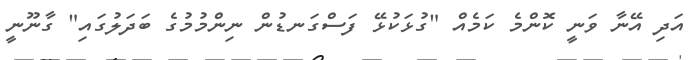
އަދި އޭނާ ވަނީ ކޮންމެ ކަމެއް "ގުޅަކުޅޭ ފަސްގަނޑުން ނިންމުމުގެ ބަދަލުގައި" ގާނޫނީ